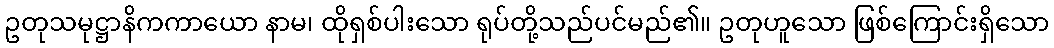
ဥတုသမုဋ္ဌာနိကကာယော နာမ၊ ထိုရှစ်ပါးသော ရုပ်တို့သည်ပင်မည်၏။ ဥတုဟူသော ဖြစ်ကြောင်းရှိသော